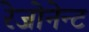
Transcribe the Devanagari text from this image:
रेजोनेन्ट